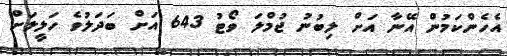
އެހެންކަމުން އޭނާ އަށް ލިބުނު ޖުމްލަ ވޯޓު 643 އަށް ބަދަލުވެ ހަލީލަށް